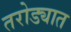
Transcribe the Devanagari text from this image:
तरोड्यात